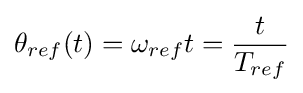
\theta _{ref}(t)=\omega _{ref}t={\frac {t}{T_{ref}}}